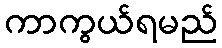
ကာကွယ်ရမည်